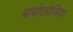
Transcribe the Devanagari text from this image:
बायोलोजिया